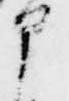
申